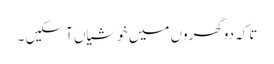
تاکہ دوگھروں میں خوشیاں آ سکیں ۔